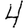
Digit: 4